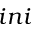
i n i